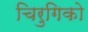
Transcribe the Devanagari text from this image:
चिरुगिको